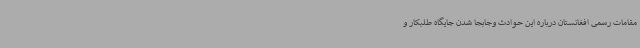
مقامات رسمی افغانستان درباره این حوادث وجابجا شدن جایگاه طلبکار و